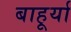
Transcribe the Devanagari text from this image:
बाहूर्या